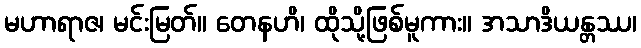
မဟာရာဇ၊ မင်းမြတ်။ တေနဟိ၊ ထိုသို့ဖြစ်မူကား။ အသာဒိယန္တဿ၊